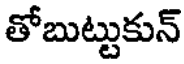
తోబుట్టుకున్